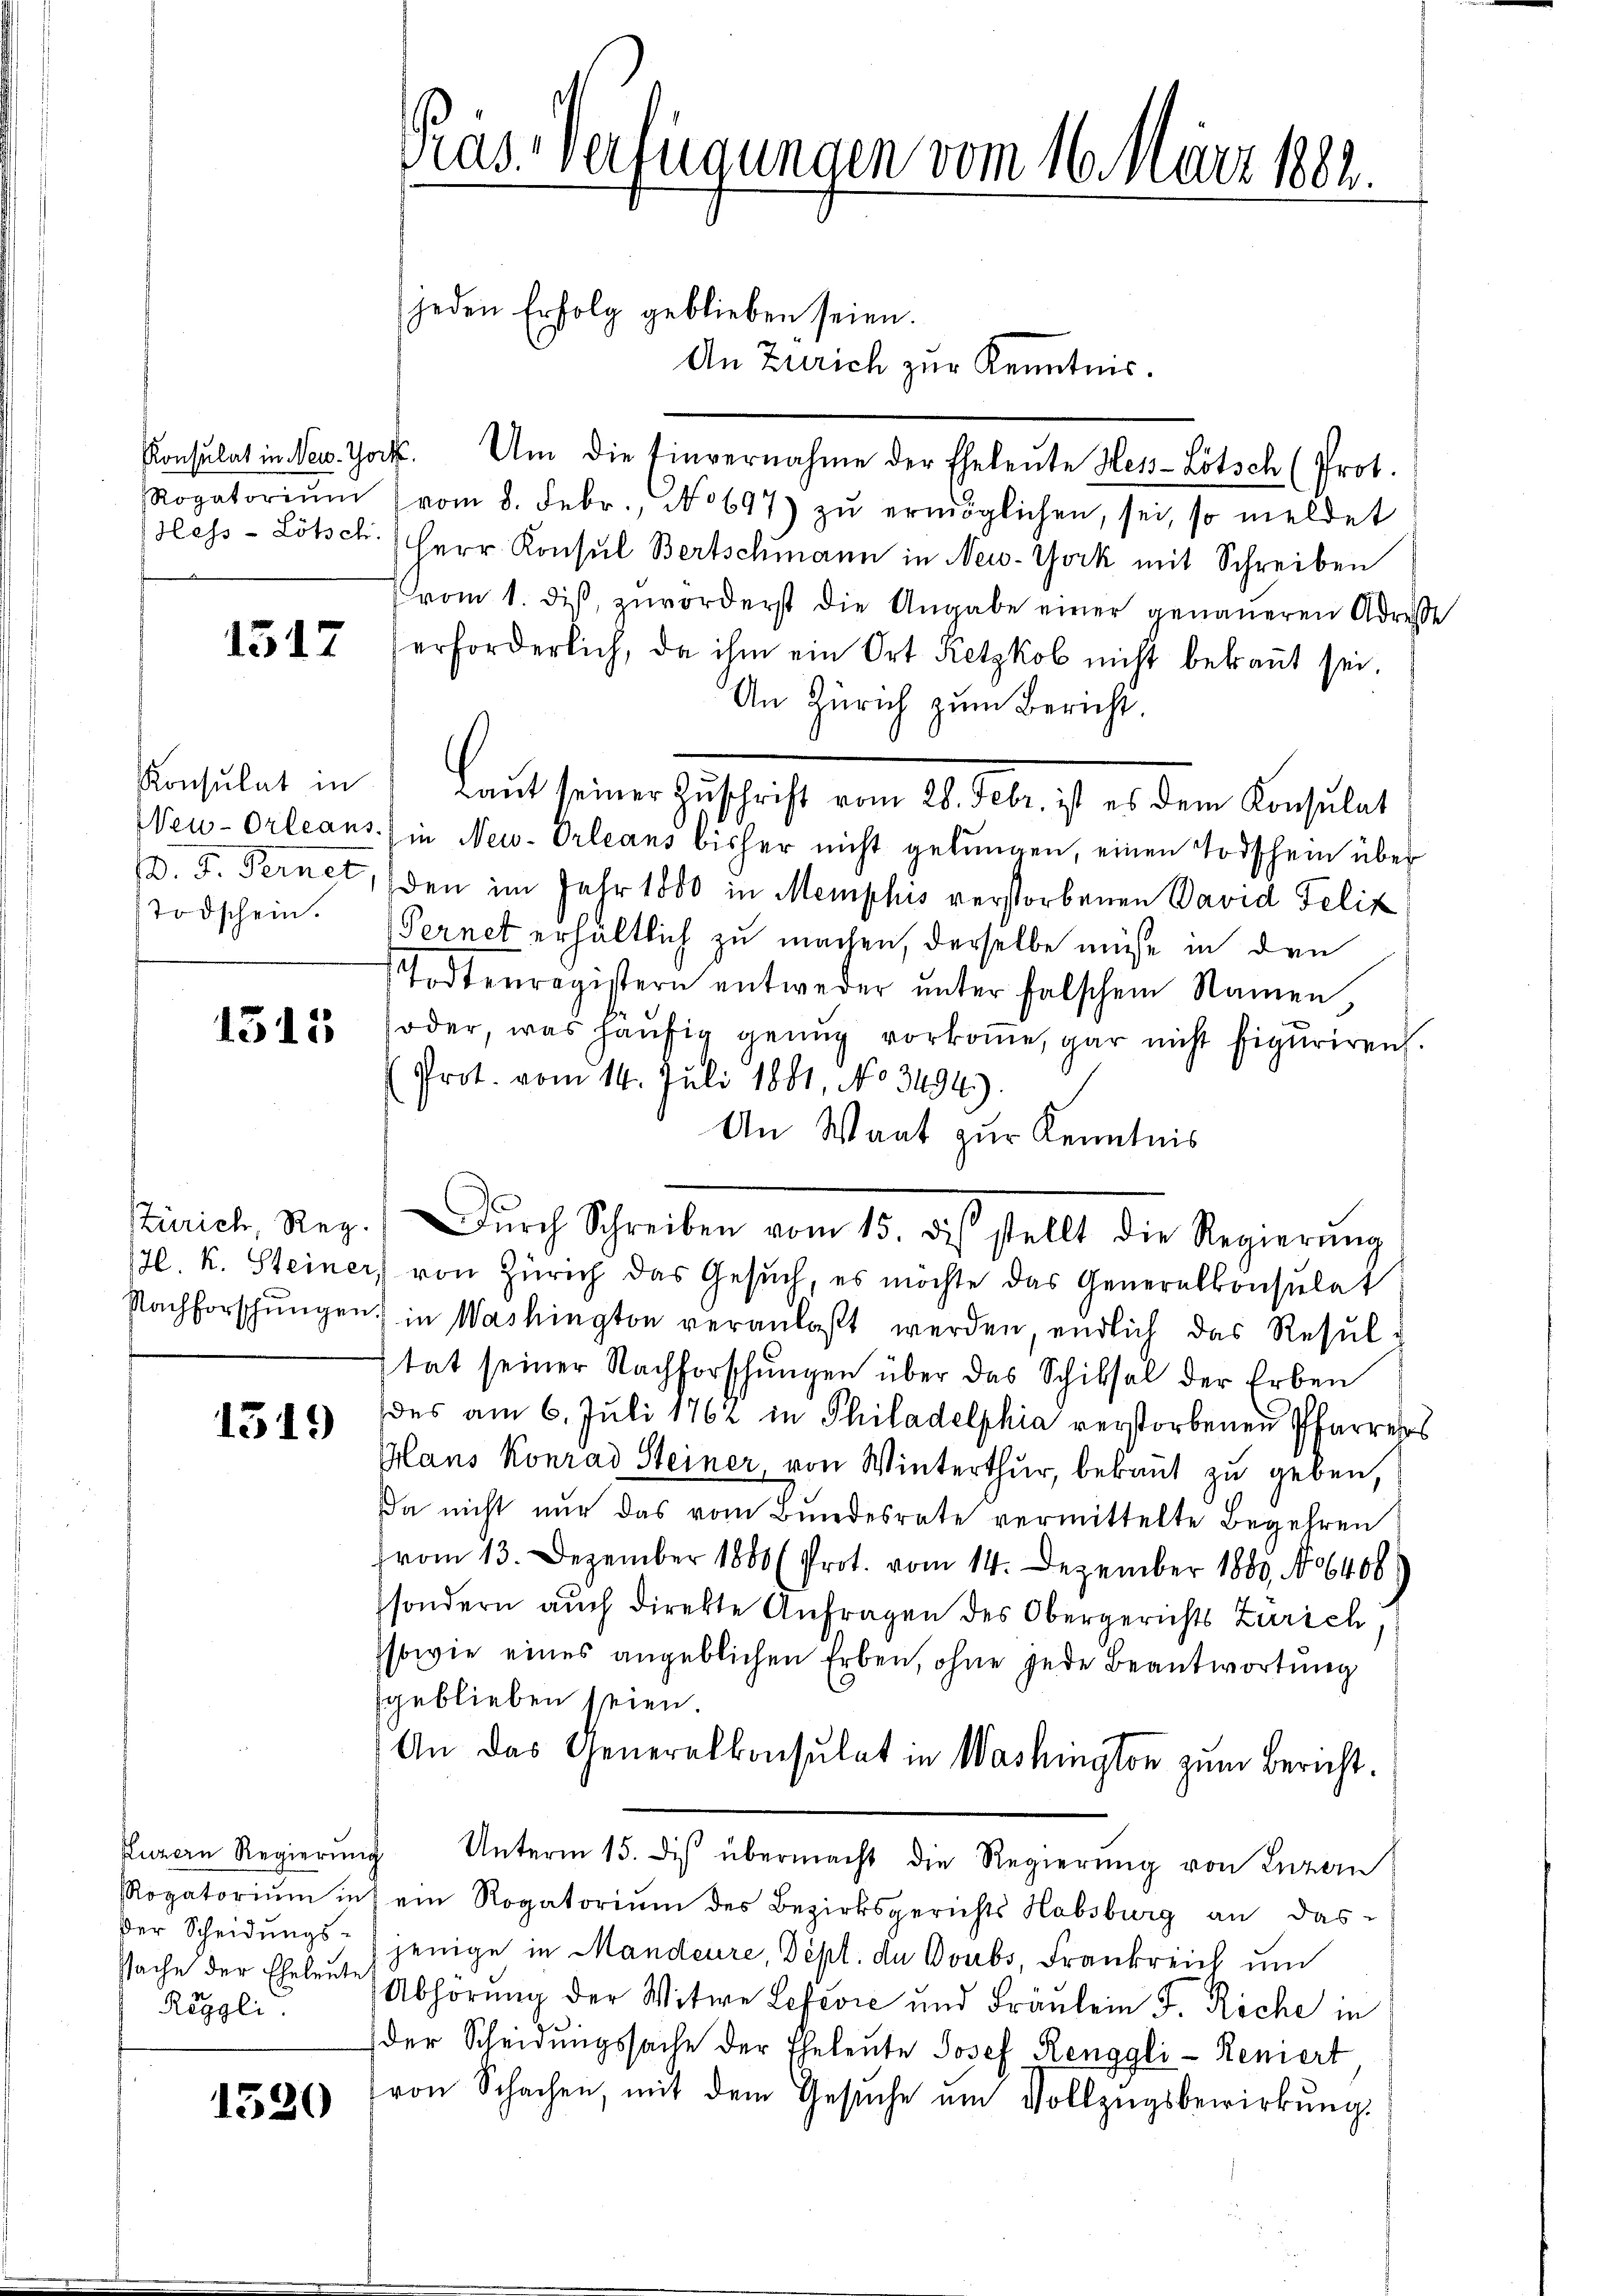
Rogatorium
e

1517

Konsulat in
. F. Ferner
Todschein.

1515

Zürich Rez.
7l. k. Steiner
Nachforschungen

1319

Luzern Regierung
Rogatorium in
Der Scheidungssache der Eheleute
Reggli

1520

Pras. - Verfügungen vom 16. März 1882.
...................................

An
Zur
r
b zur Kenntnis.
Konsulat in Neu. Tocht. Um die Einvernahme der Eheleute Hess-Lötsch (Prot.
vom 8. Febr. No 697) zŭ ermöglichen, sei, so meldet
less - Lötsch. Herr Konsul Bertschmann in New-York mit Schreiben
vom 1. diß, zuvorderst die Angabe einer genaueren Adresse
erforderlich, da ihm ein Ort Ketzkob nicht bekannt sei.
An Zürich zum Bericht.
aut seiner Zuschrift vom 24. Febr. 1. 2. den Bernhaltet
Neu-Orleans) in New-Orleans bisher nicht gelŭngen, einen Todschein über
den im Jahr 1860 in Memphis verstorbenen David Felix
Pernet erhältlich zu machen, derselbe müße in den
Todtenregistern entweder ŭnter falschem Namen
oder, was häufig genug vorkomme, gar nicht figuriren.
Prot. vom 14. Juli 1881, No 3494).
An Waat zur Kenntnis
Dŭrch Schreiben vom 15. di stellt die Regierŭng
) von Zürich das Gesŭch, es möchte das Generalkonsulat
) in Washington veranlaßt werden, endlich das Resultat seiner Nachforschungen über das Schiksal der Erben
des am 6. Juli 1762 in Philadelphia verstorbenen Pfarrers
Mans Konrad Steiner, von Winterthur, bekannt zu geben,
Da nicht nur das vom Bundesrate vermittelte Begehren
vom 13. Dezember 1880 (Prot. vom 14. Dezember 1888. No 6400
sondern auch direkte Anfragen des Obergerichts Zürich,
sowie eines angeblichen Erben, ohne jede Beantwortung
sgeblieben seien.
An das Generalkonsulat in Washington zum Bericht.
 Unterm 15. des übermacht die Regierung von Luzern
ein Rogatorium des Bezirksgerichts Habsburg an das
jenige in Mandeure, Dept. du Doubs, Frankreich um
Abhörung der Witwe Lefević und Fräulein J. Riche in
der Scheidungssache der Eheleute Josef Renggli-Reniert
von Schachen, mit dem Gesŭche ŭm Vollzŭgsbewirkung.

jeden Erfolg geblieben seien.